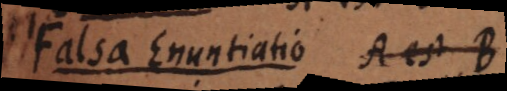
haec Enuntiatio A est B.